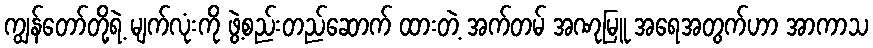
ကျွန်တော်တို့ရဲ့ မျက်လုံးကို ဖွဲ့စည်းတည်ဆောက် ထားတဲ့ အက်တမ် အဏုမြူ အရေအတွက်ဟာ အာကာသ